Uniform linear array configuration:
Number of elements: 32
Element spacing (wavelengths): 0.5
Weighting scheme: exponential
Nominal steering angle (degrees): -30
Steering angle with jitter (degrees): -29.957
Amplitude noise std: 0.05
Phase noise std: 0.05

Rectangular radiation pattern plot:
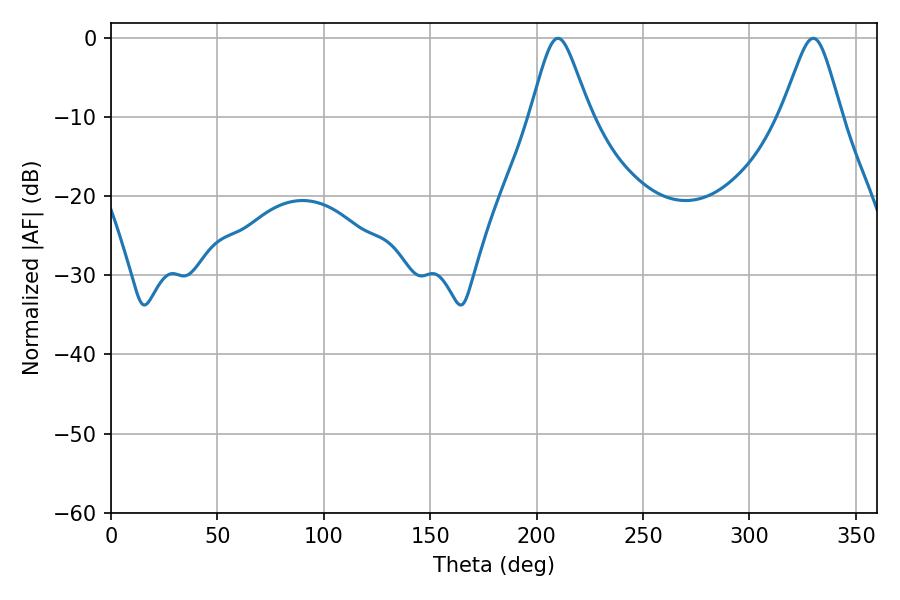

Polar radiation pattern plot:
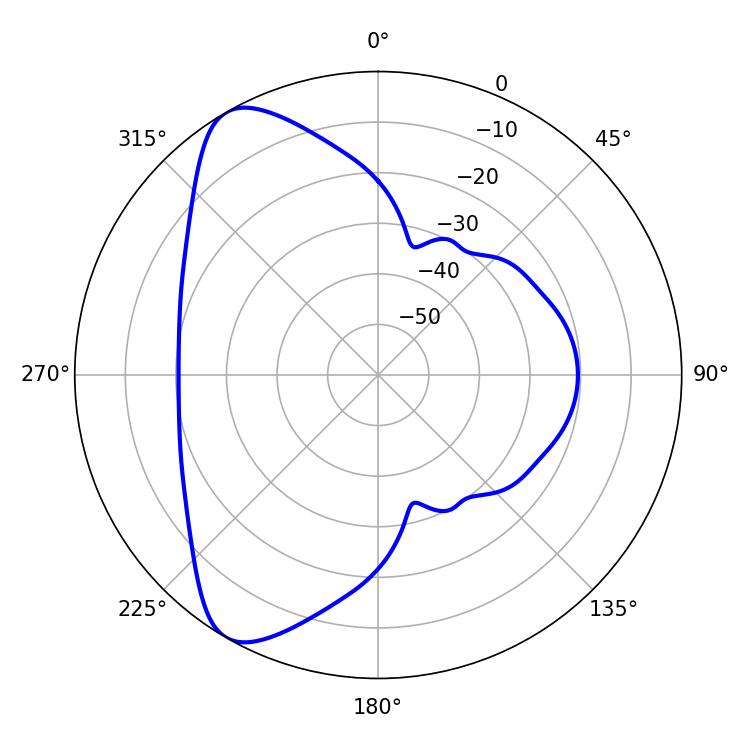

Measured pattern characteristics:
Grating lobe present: FALSE
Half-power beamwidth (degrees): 13.5
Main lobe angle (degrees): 210.06